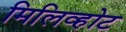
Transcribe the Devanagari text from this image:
मिलिव्होट